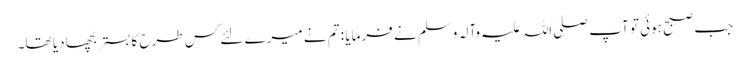
جب صبح ہوئی تو آپ صلی اللہ علیہ وآلہ وسلم نے فرمایا : تم نے میرے لئے کس طرح کا بستر بچھا دیا تھا۔